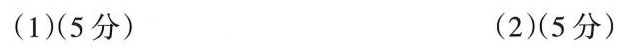
（1）（5） （2）（5分）